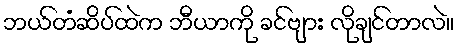
ဘယ်တံဆိပ်ထဲက ဘီယာကို ခင်ဗျား လိုချင်တာလဲ။